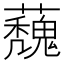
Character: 𮓀